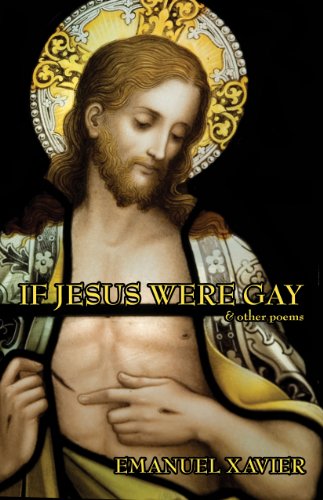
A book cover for If Jesus Were Gay & other poems; Emanuel Xavier; Gay & Lesbian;